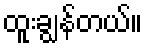
ထူးချွန်တယ်။